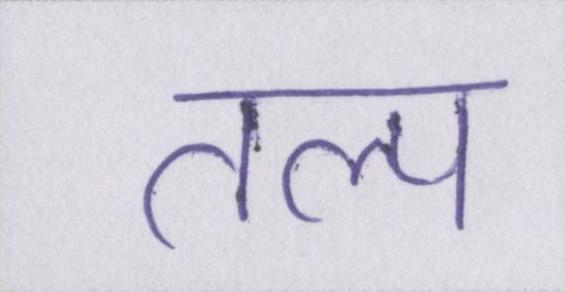
तल्प